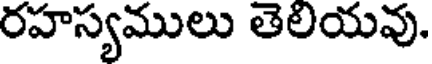
రహస్యములు తెలయవు.